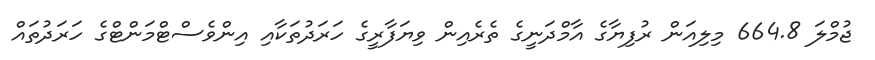
ޖުމްލަ 664.8 މިލިއަން ރުފިޔާގެ އާމްދަނީގެ ތެރެއިން ވިޔަފާރީގެ ހަރަދުތަކާއި އިންވެސްޓްމަންޓްގެ ހަރަދުތައް